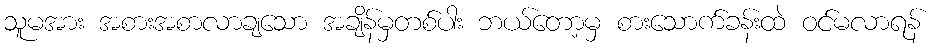
သူမအား အစားအစာလာချသော အချိန်မှတစ်ပါး ဘယ်တော့မှ စားသောက်ခန်းထဲ ဝင်မလာရန်